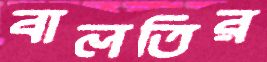
বালতির